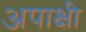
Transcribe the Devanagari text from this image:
अपाक्षी